Report on vaccination proceedings throughout the Government of Bengal -
Year: 1868
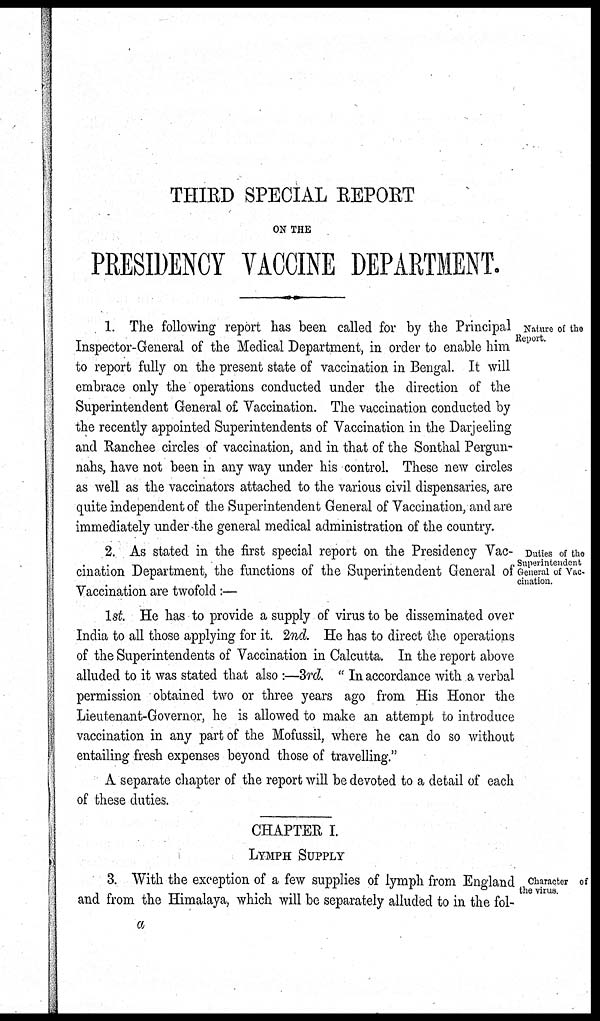
THIRD SPECIAL REPORT
ON THE
PRESIDENCY VACCINE DEPARTMENT.
Nature of the
Report
1. The following report has been called for by the Principal
Inspector-General of the Medical Department, in order to enable him
to report fully on the present state of vaccination in Bengal. It will
embrace only the operations conducted under the direction of the
Superintendent General of Vaccination. The vaccination conducted by
the recently appointed Superintendents of Vaccination in the Darjeeling
and Ranchee circles of vaccination, and in that of the Sonthal Pergun¬
nahs, have not been in any way under his control. These new circles
as well as the vaccinators attached to the various civil dispensaries, are
quite independent of the Superintendent General of Vaccination, and are
immediately under the general medical administration of the country.
Duties of the
cination.
2. As stated in the first special report on the Presidency Vac-
cination Department, the functions of the Superintendent General
Vaccination are twofold:—
1st. He has to provide a supply of virus to be disseminated over
India to all those applying for it. 2nd. He has to direct the operations
of the Superintendents of Vaccination in Calcutta. In the report above
alluded to it was stated that also:—3rd." In accordance with a verbal
permission obtained two or three years ago from His Honor the
Lieutenant-Governor, he is allowed to make an attempt to introduce
vaccination in any part of the Mofussil, where he can do so without
entailing fresh expenses beyond those of travelling."
A separate chapter of the report will be devoted to a detail of each
of these duties.
CHAPTER I.
LYMPH SUPPLY
Character of
the virus
3. With the exception of a few supplies of lymph from England
and from the Himalaya, which will be separately alluded to in the fol¬
a